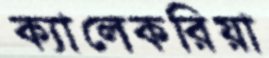
ক্যালেকরিয়া